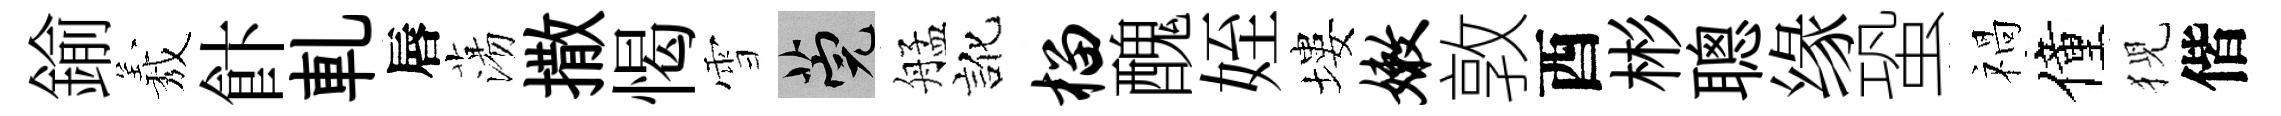
鍮𦏁飰軋唇蕩撒愒雪筦艋訛榴醜姪塿嫩敦酉彬聰缘蛩禍僮猊偕